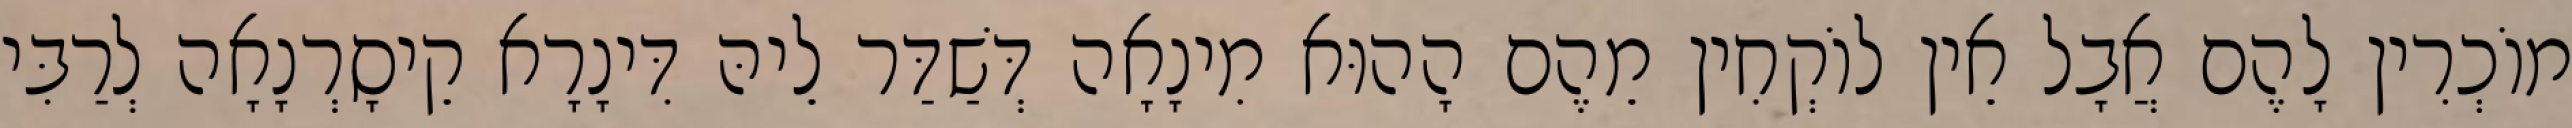
מוֹכְרִין לָהֶם אֲבָל אֵין לוֹקְחִין מֵהֶם הָהוּא מִינָאָה דְּשַׁדַּר לֵיהּ דִּינָרָא קֵיסָרְנָאָה לְרַבִּי